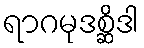
ရာဂမုဒစ္ဆိဒါ